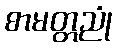
စာမတ္တညုံ